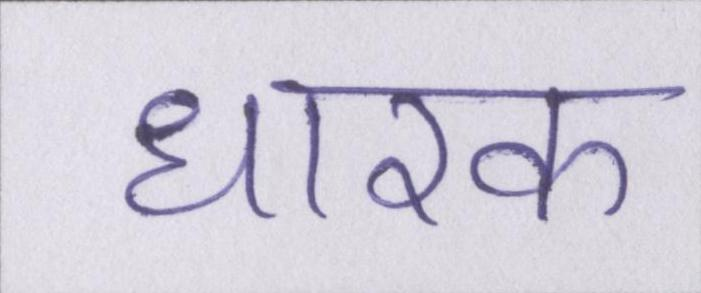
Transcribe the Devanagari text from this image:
धारक